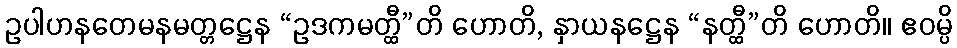
ဥပါဟနတေမနမတ္တဋ္ဌေန “ဥဒကမတ္ထီ”တိ ဟောတိ, နှာယနဋ္ဌေန “နတ္ထီ”တိ ဟောတိ။ ဧဝမ္ပိ